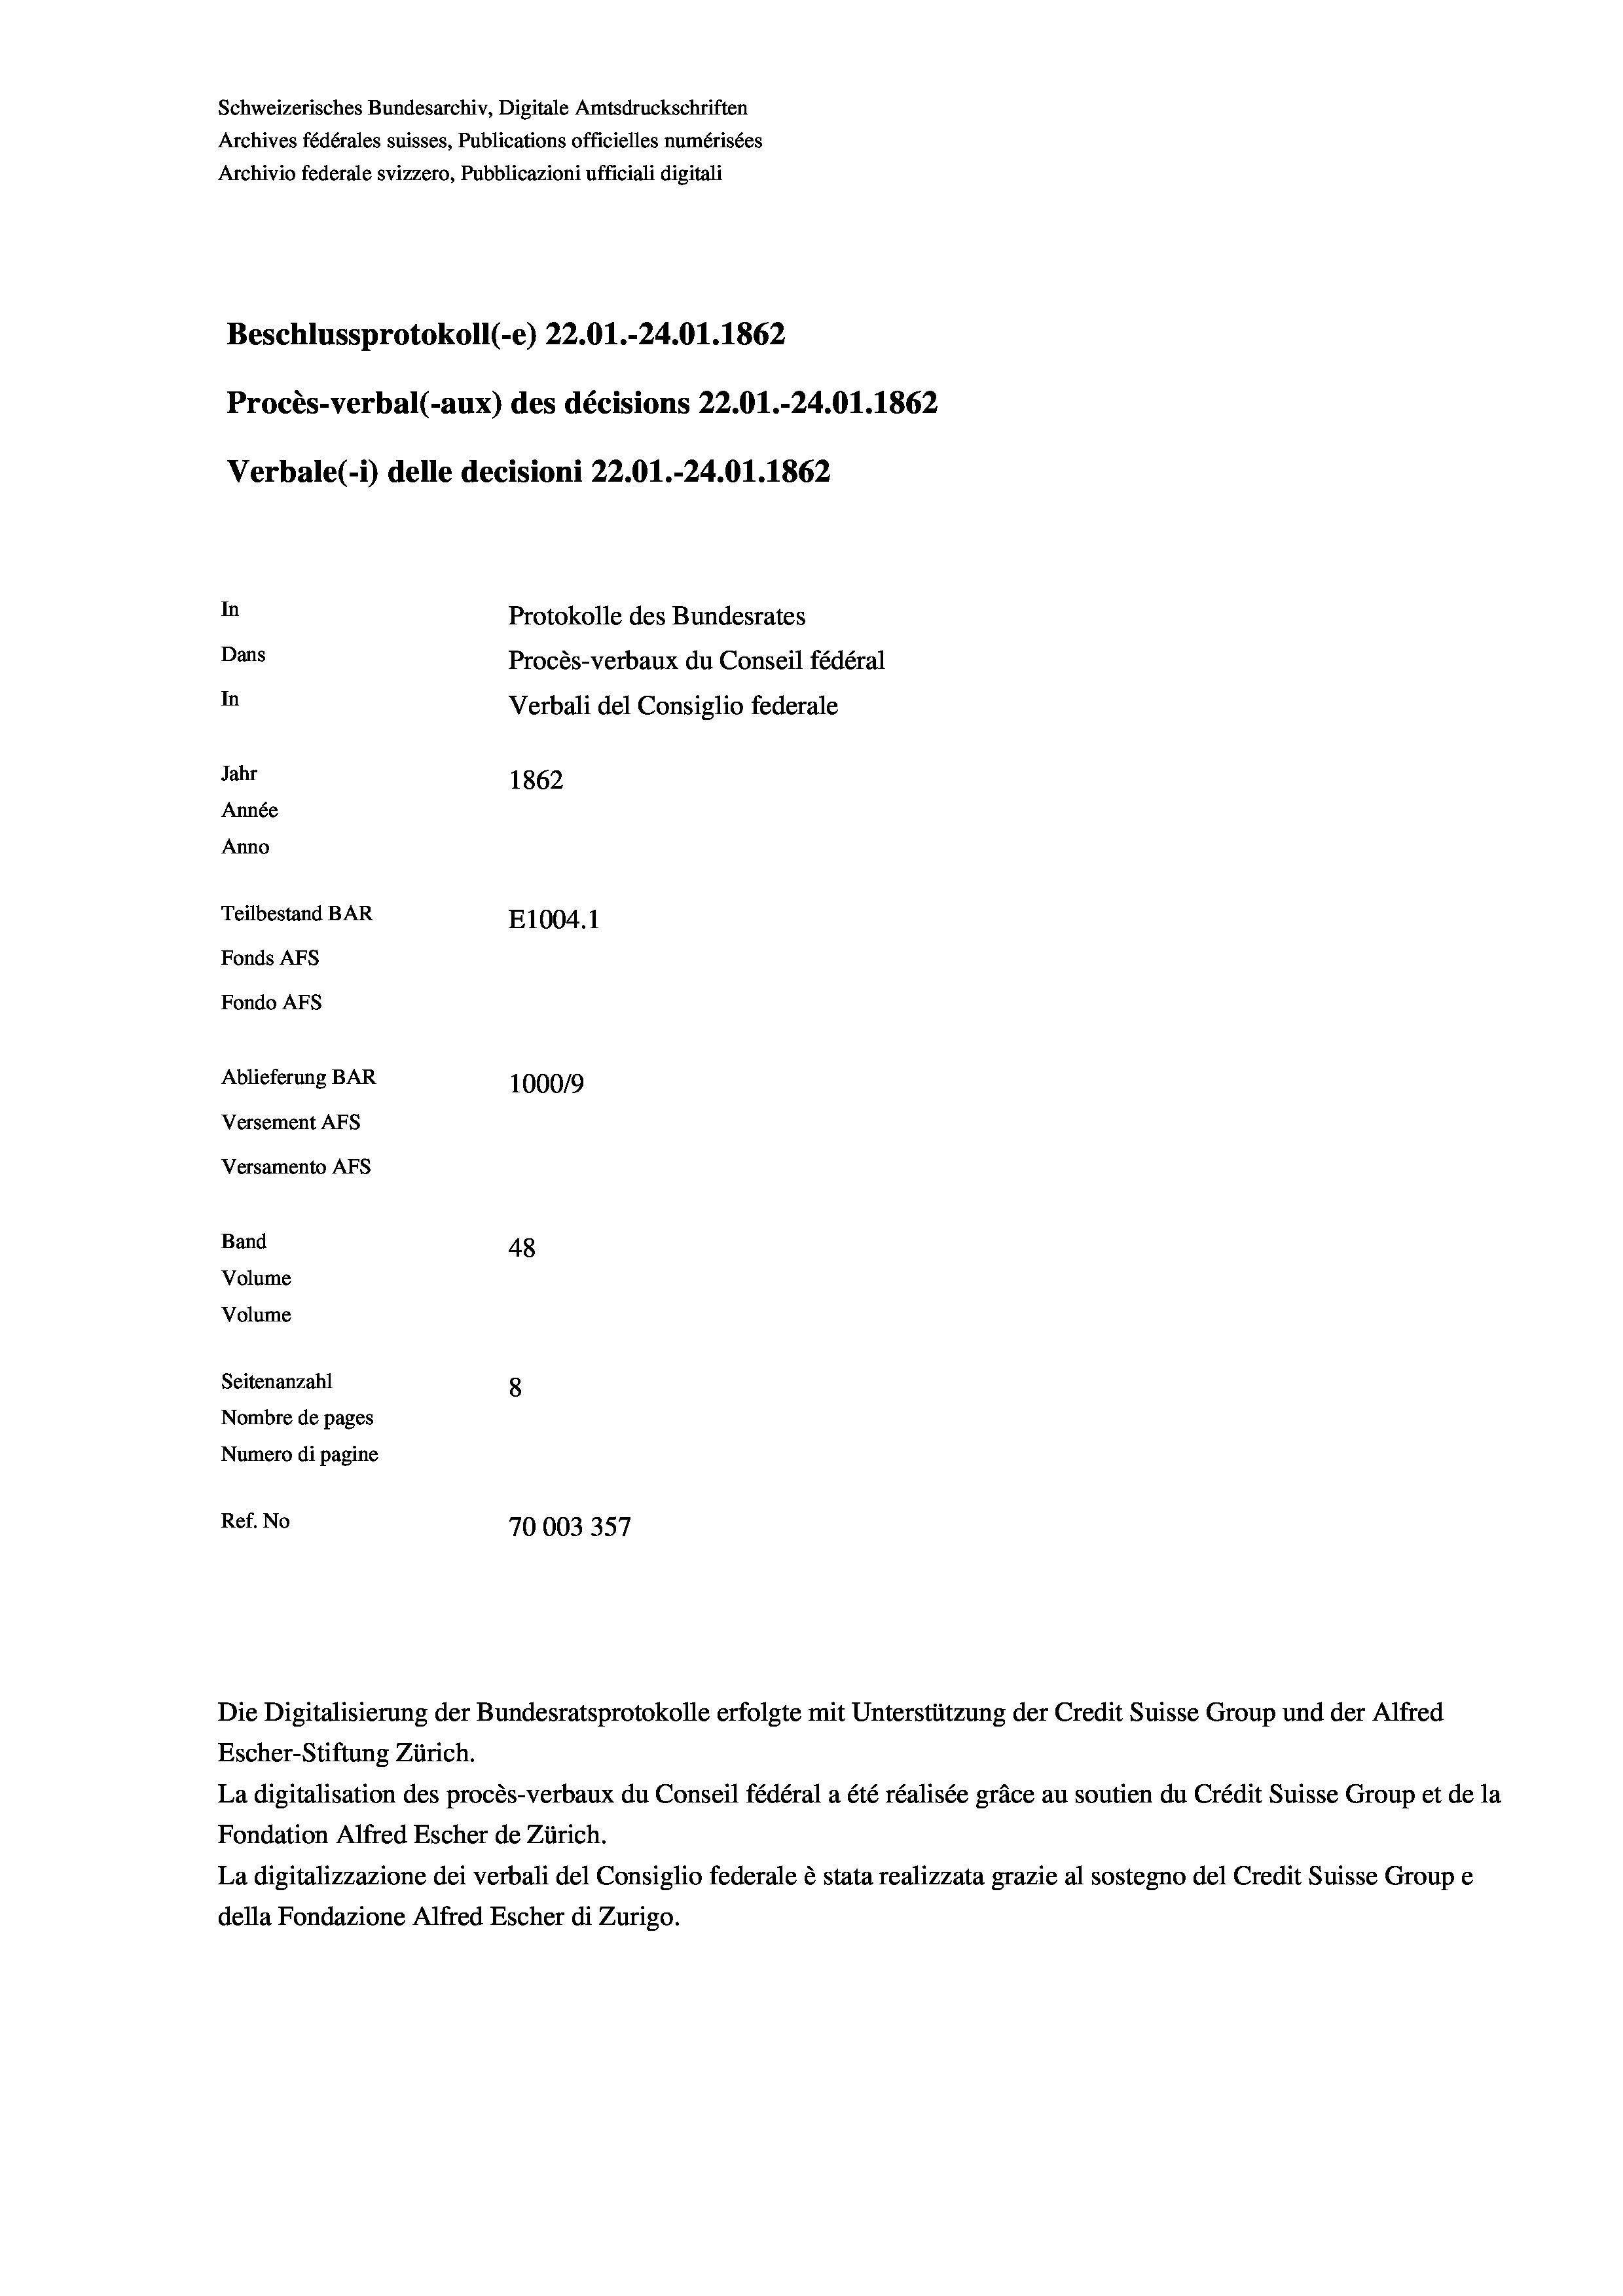
Schweizerisches Bundesarchiv, Digitale Amtsdruckschriften
Archives fédérales suisses, Publications officielles numérisées
Archivio federale svizzero, Pubblicazioni ufficiali digitali
Beschlussprotokoll (-e) 22.01.-24.01. 1862
Procès-verbal (-aux) des décisions 22.01.-24.01. 1862
Verbale(-*) delle decisioni 22.01.-24.01. 1862
In
Protokolle des Bundesrates
Dans
Procès-verbaux du Conseil fédéral
In
Verbali del Consiglio federale
Jahr
1862
Année
Anno
Teilbestand BAR
E1004. 1
Fonds AFs
Fondo AFS
Ablieferung BAR
100019
Versement AFs
Versamento AFs
Band
48
Volume
Volume
Seitenanzahl
Nombre de pages
Numero di pagine
Ref. No
70003357

Escher-Stiftung Zürich.
La digitalisation des procès-verbaux du Conseil fédéral a été réalisée gräce au soutien du Crédit Suisse Group et de la
Fondation Alfred Escher de Zürich.
La digitalizzazione dei verbali del Consiglio federale è stata realizzata grazie al sostegno del Credit Suisse Groupe
della Fondazione Alfred Escher di Zurigo.

Die Digitalisierung der Bundesratsprotokolle erfolgte mit Unterstützung der Credit Suisse Group und der Alfred